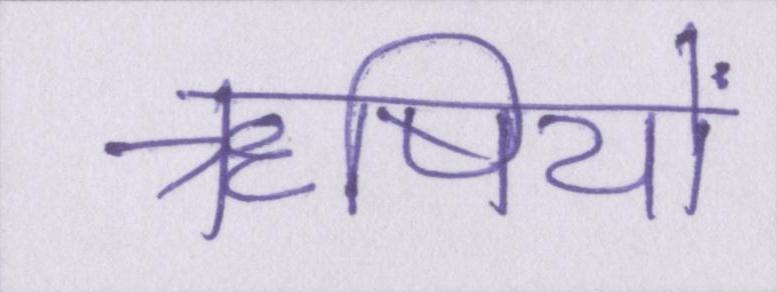
ॠषियों